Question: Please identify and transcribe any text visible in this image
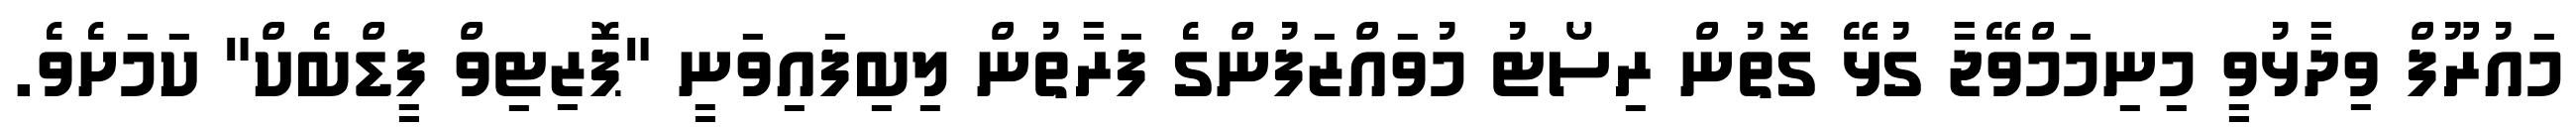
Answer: މައުރޫފް ވިދާޅުވީ މިނިމަމްވޭޖާ ގުޅޭ ގޮތުން ރިސޯޓު މުވައްޒަފުންގެ ފަރާތުން ލިބިފައިވަނީ "ޕޮޒިޓިވް ފީޑްބެކް" ކަމަށެވެ.